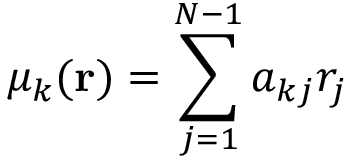
\mu _ { k } ( { \bf r } ) = \sum _ { j = 1 } ^ { N - 1 } a _ { k j } r _ { j }